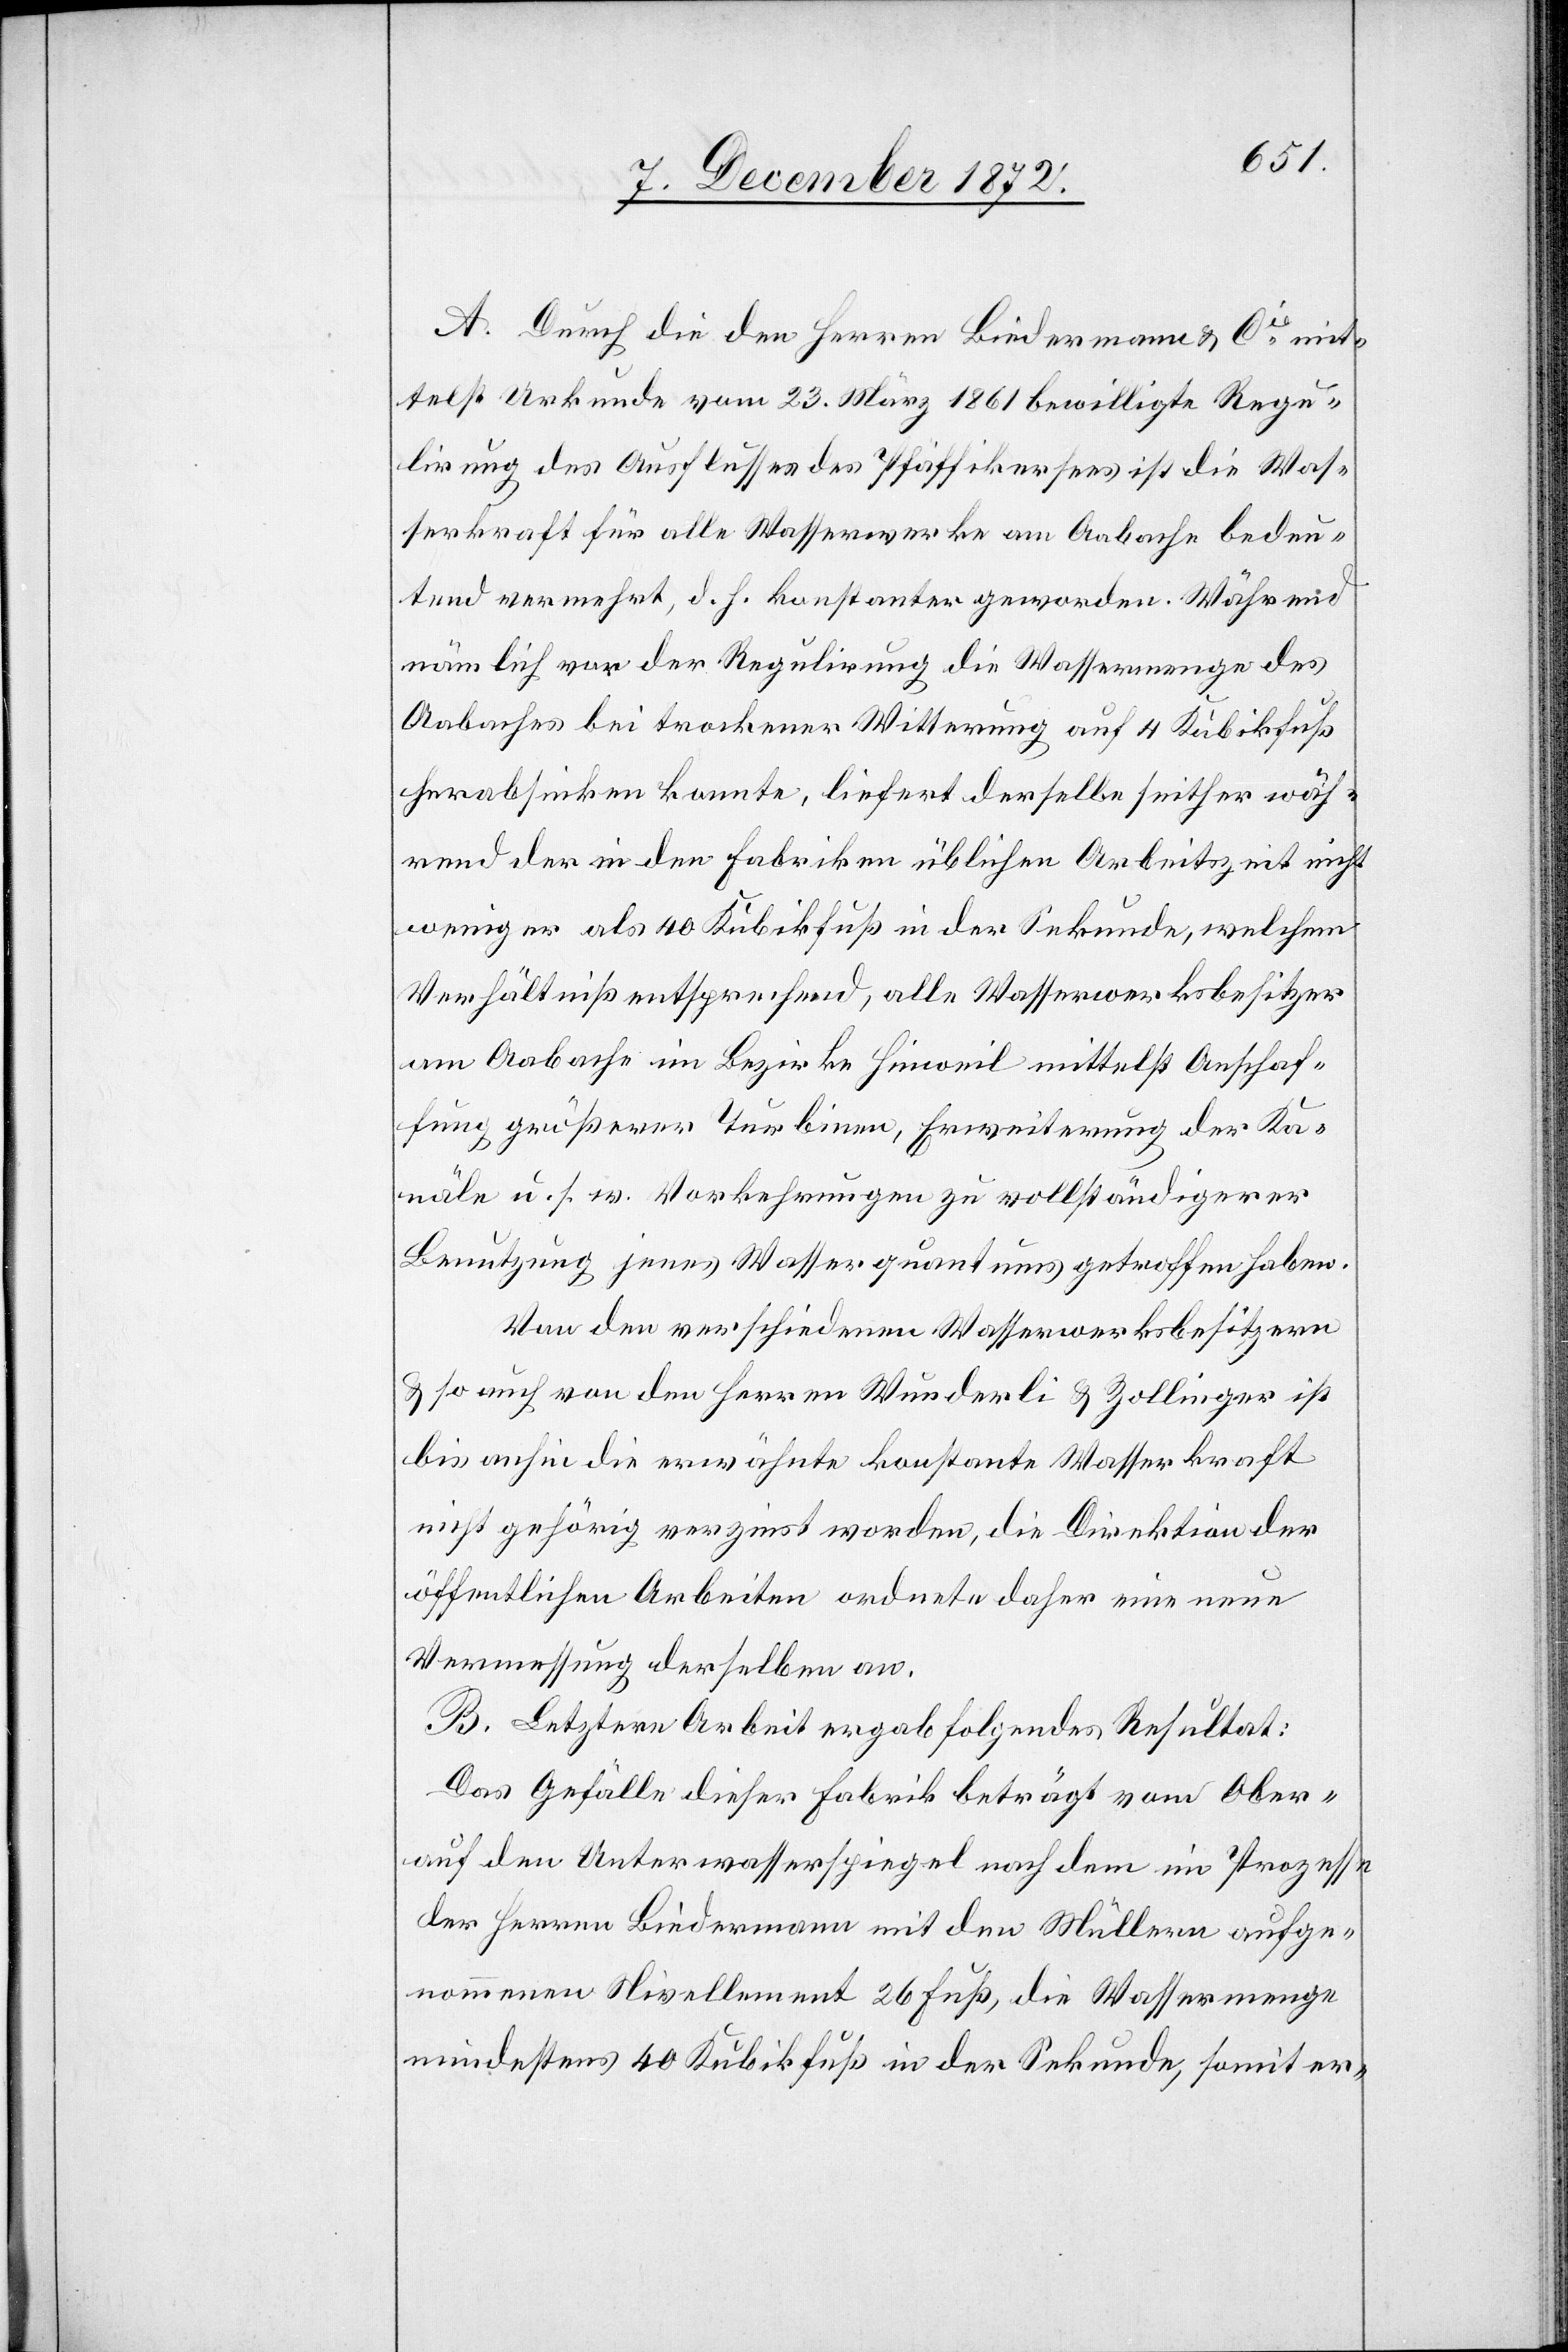
A. Durch die den Herren Biedermann u. Cie mit¬
telst Urkunde vom 23. März 1861 bewilligte Regu¬
lirung des Ausflusses des Pfäffikersees ist die Was¬
serkraft für alle Wasserwerke am Aabache bedeu¬
tend vermehrt, d. h. konstanter geworden. Während
nämlich vor der Regulirung die Wassermenge des
Aabaches bei trockener Witterung auf 4 Kubikfuß
herabsinken konnte, liefert derselbe seither wäh¬
rend der in den Fabriken üblichen Arbeitszeit nicht
weniger als 40 Kubikfuß in der Sekunde, welchem
Verhältniß entsprechend, alle Wasserwerksbesitzer
am Aabache im Bezirke Hinweil mittelst Anschaf¬
fung größerer Turbinen, Erweiterung der Ka¬
näle u. s. w. Vorkehrungen zu vollständigerer
Benutzung jenes Wasserquantums getroffen haben.
Von den verschiedenen Wasserwerksbesitzern
u. so auch von den Herren Wunderli u. Zollinger ist
bis anhin die erwähnte konstante Wasserkraft
nicht gehörig verzinst worden, die Direktion der
öffentlichen Arbeiten ordnete daher eine neue
Vermessung derselben an.
B. Letztere Arbeit ergab folgendes Resultat:
Das Gefälle dieser Fabrik beträgt vom Ober-
auf den Unterwasserspiegel nach dem im Prozesse
der Herren Biedermann mit den Müllern aufge¬
nommenen Nivellement 26 Fuß, die Wassermenge
mindestens 40 Kubikfuß in der Sekunde, somit er-